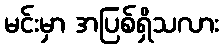
မင်းမှာ အပြစ်ရှိသလား